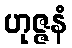
ဟုဇ္ဇနံ